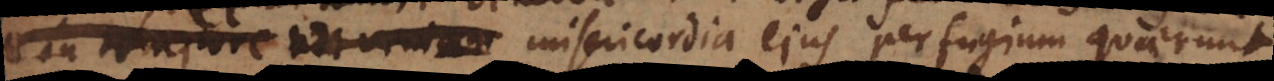
dum tempus est in misericordia ejus perfugium quaerunt.